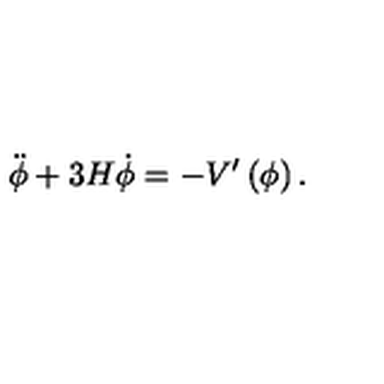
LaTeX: \ddot { \phi } + 3 H \dot { \phi } = - V ^ { \prime } \left( \phi \right) .